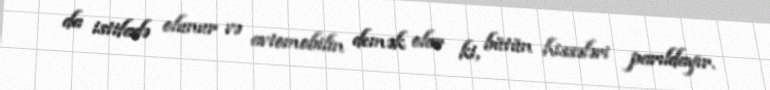
da istifadə olunur və avtomobilin demək olar ki, bütün hissələri parıldayır.